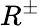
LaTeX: R^{\pm}